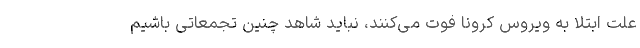
علت ابتلا به ویروس کرونا فوت می‌کنند، نباید شاهد چنین تجمعاتی باشیم